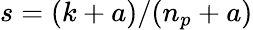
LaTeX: s=(k+a)/(n_{p}+a)